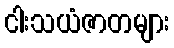
ငါးသယံဇာတများ